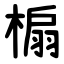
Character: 㮼